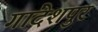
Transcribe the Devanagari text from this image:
गांदेशपुर